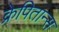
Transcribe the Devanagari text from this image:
क्रेपितान्स